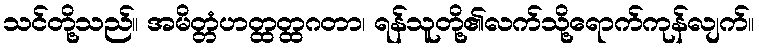
သင်တို့သည်။ အမိတ္တံဟတ္ထတ္ထဂတာ၊ ရန်သူတို့၏လက်သို့ရောက်ကုန်လျက်။